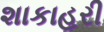
શાકાહરી